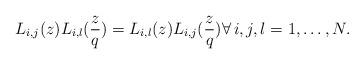
LaTeX: \begin{align*}L_{i,j}(z)L_{i,l}(\frac{z}{q})=L_{i,l}(z)L_{i,j}(\frac{z}{q}) \forall \, i,j,l=1,\dots, N.\end{align*}